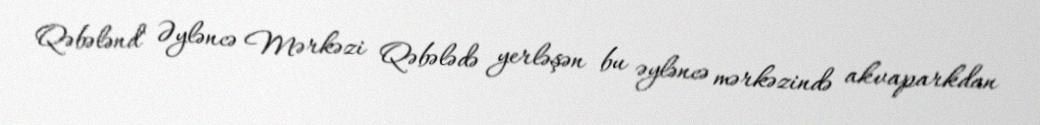
Qəbələnd" Əyləncə Mərkəzi Qəbələdə yerləşən bu əyləncə mərkəzində akvaparkdan